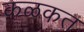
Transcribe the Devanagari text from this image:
कळकत